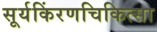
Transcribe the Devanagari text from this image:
सूर्यकिंरणचिकित्सा